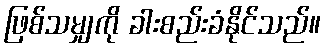
ဖြစ်သမျှကို ခါးစည်းခံနိုင်သည်။